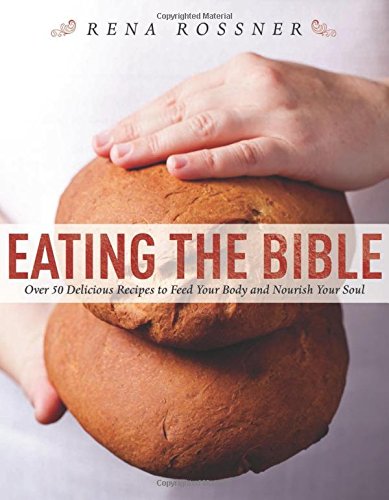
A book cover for Eating the Bible: Over 50 Delicious Recipes to Feed Your Body and Nourish Your Soul; Rena Rossner; Cookbooks, Food & Wine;